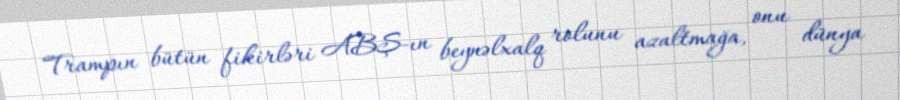
Trampın bütün fikirləri ABŞ-ın beynəlxalq rolunu azaltmağa, onu dünya